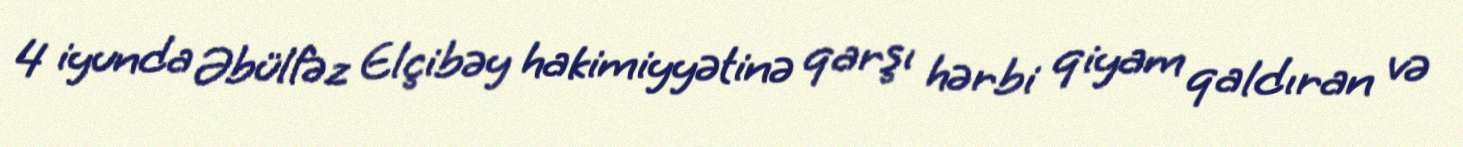
4 iyunda Əbülfəz Elçibəy hakimiyyətinə qarşı hərbi qiyam qaldıran və